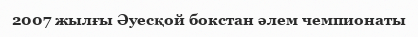
2007 жылғы Әуесқой бокстан әлем чемпионаты